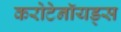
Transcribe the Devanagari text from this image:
करोटेनॉयड्स